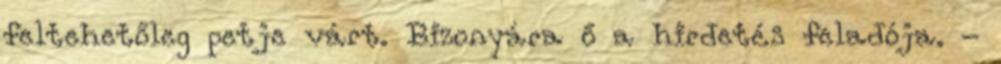
feltehetőleg petje várt. Bizonyára ő a hirdetés feladója. -